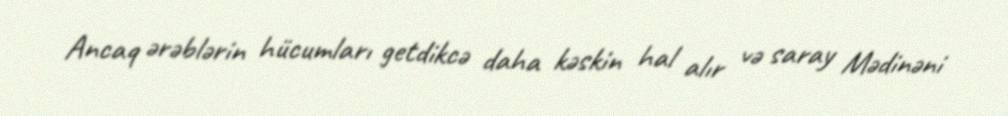
Ancaq ərəblərin hücumları getdikcə daha kəskin hal alır və saray Mədinəni